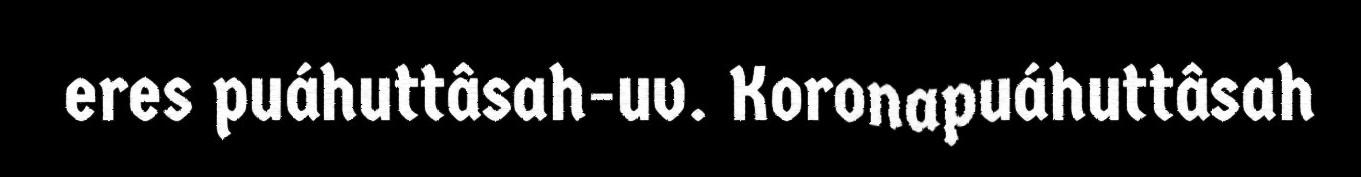
eres puáhuttâsah-uv. Koronapuáhuttâsah